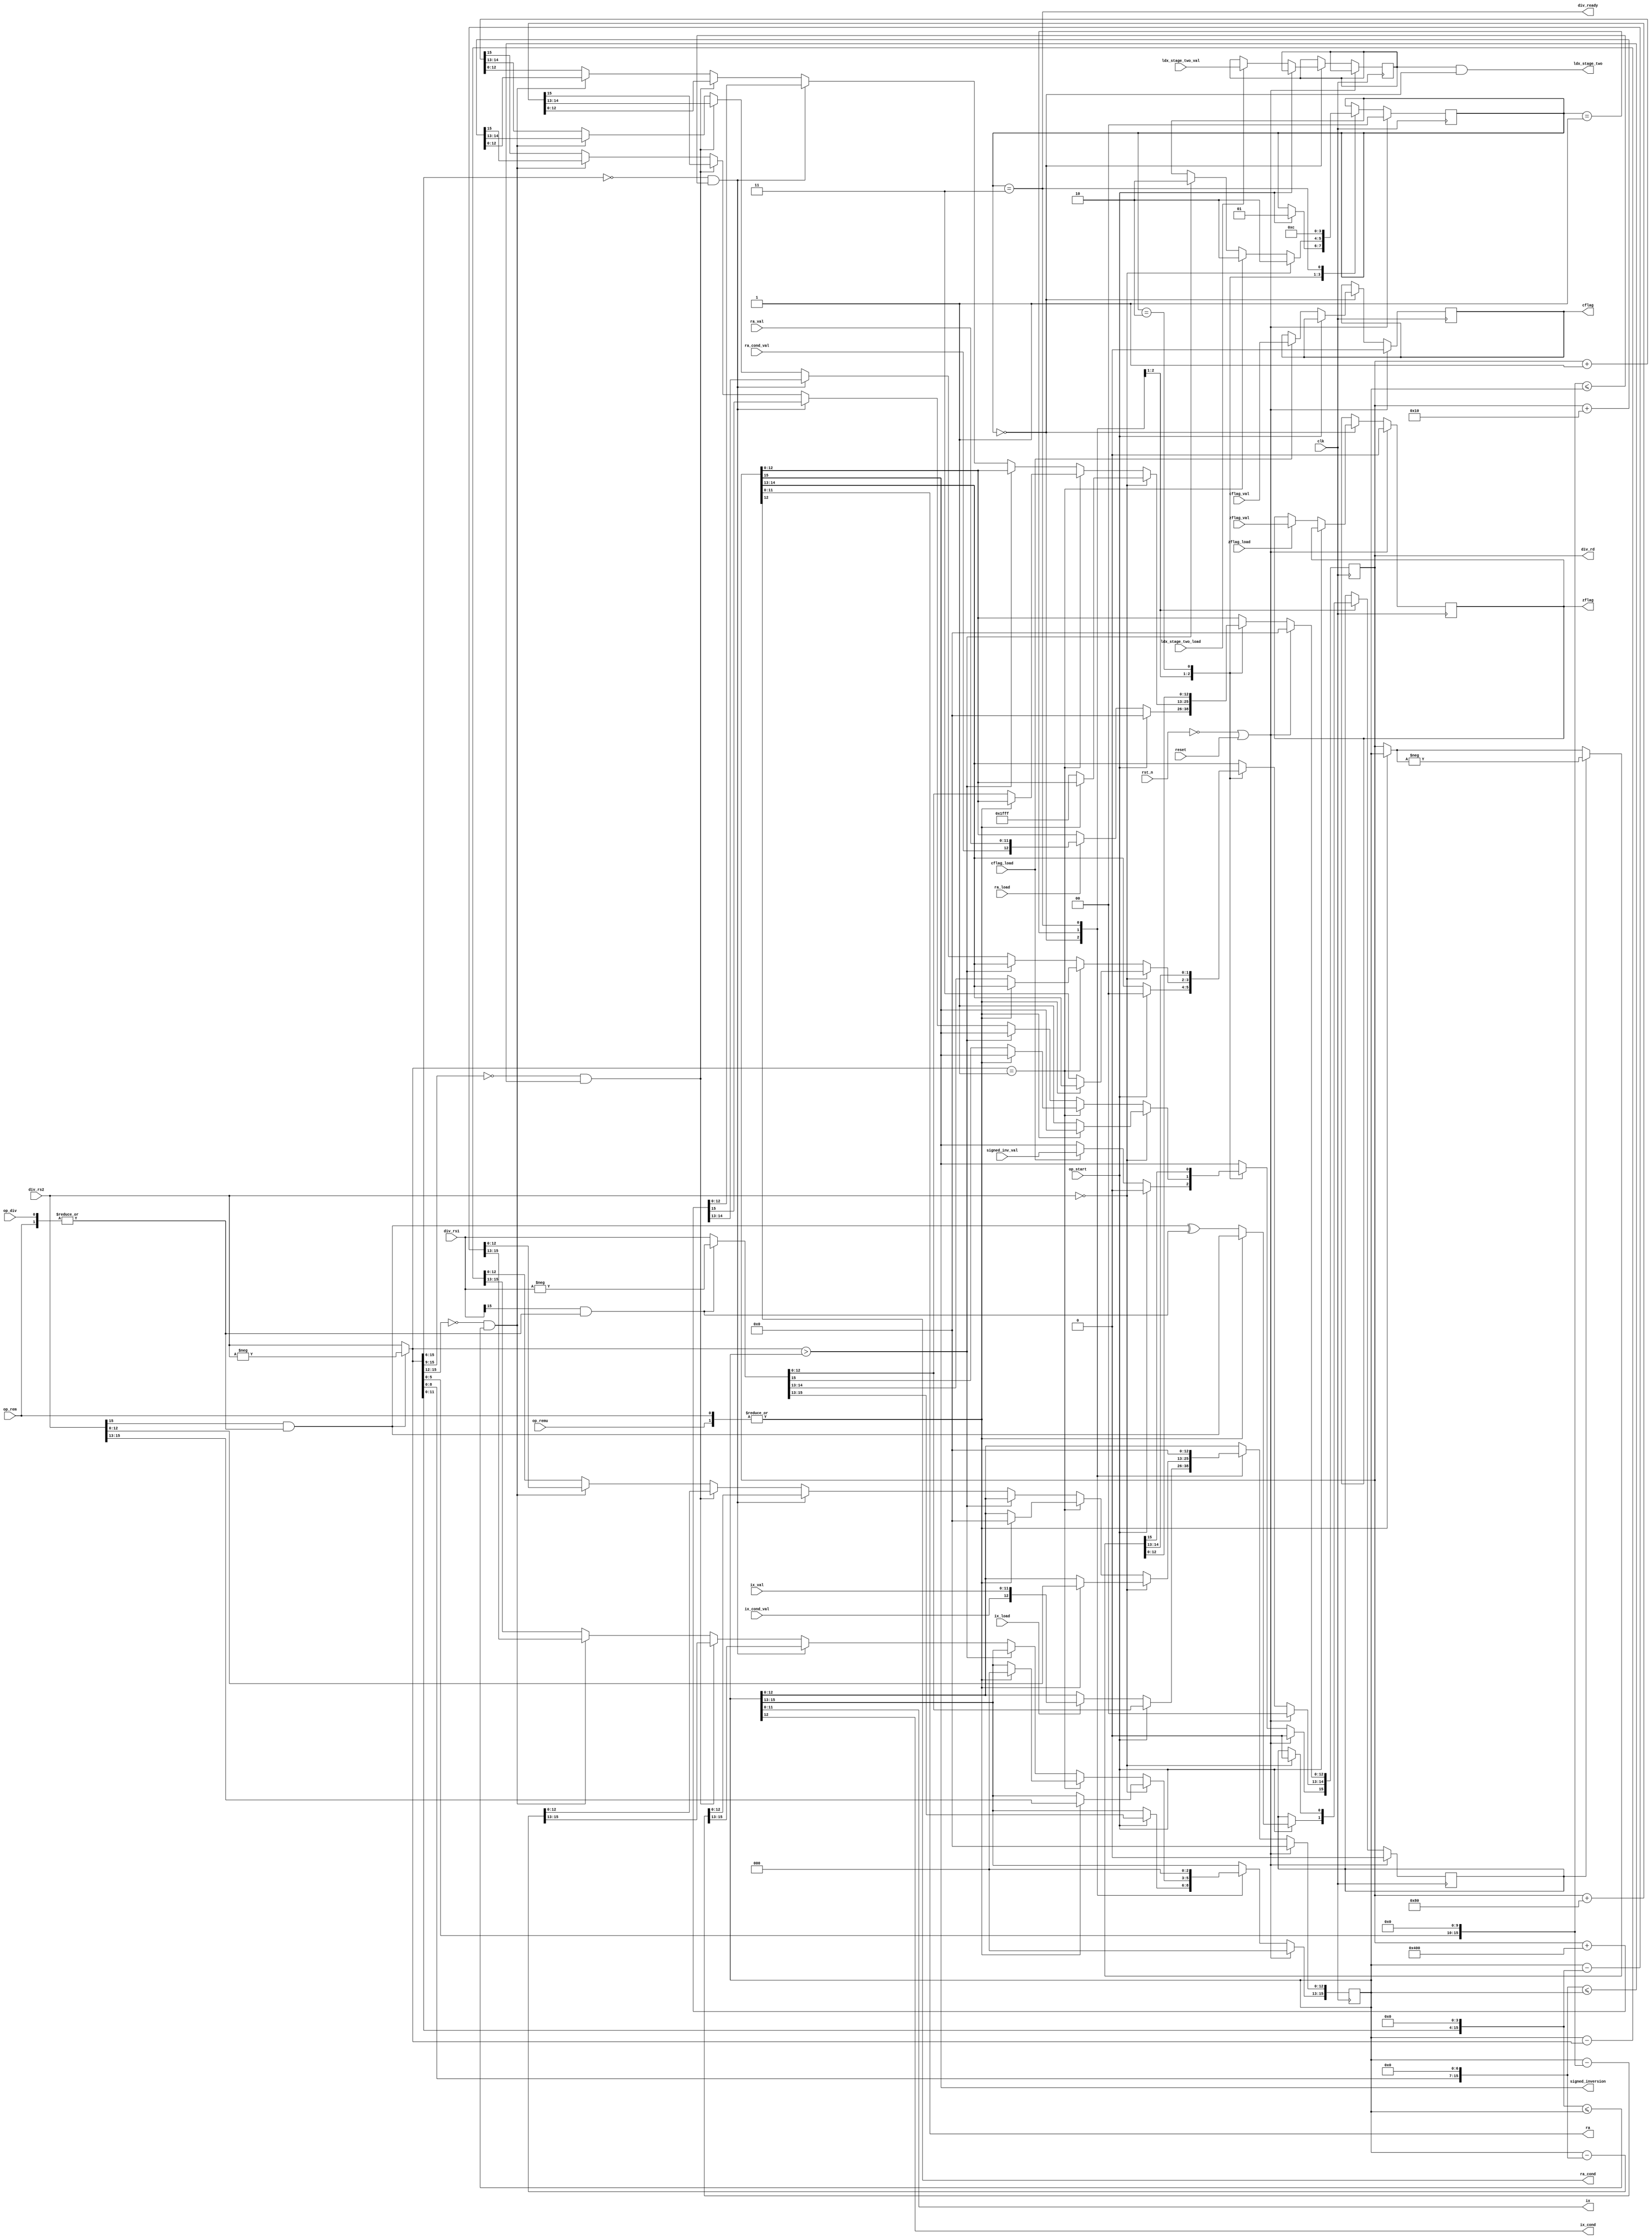
/*
==============================================================================
lisa_div.v:  Little ISA (LISA) hardware 16bit / 8bit divider.

Copyright 2024 by Ken Pettit <pettitkd@gmail.com>

Redistribution and use in source and binary forms, with or without
modification, are permitted provided that the following conditions
are met:
1. Redistributions of source code must retain the above copyright
   notice, this list of conditions and the following disclaimer.
2. Redistributions in binary form must reproduce the above copyright
   notice, this list of conditions and the following disclaimer in the
   documentation and/or other materials provided with the distribution.

THIS SOFTWARE IS PROVIDED BY THE AUTHOR AND CONTRIBUTORS ``AS IS'' AND
ANY EXPRESS OR IMPLIED WARRANTIES, INCLUDING, BUT NOT LIMITED TO, THE
IMPLIED WARRANTIES OF MERCHANTABILITY AND FITNESS FOR A PARTICULAR PURPOSE
ARE DISCLAIMED.  IN NO EVENT SHALL THE AUTHOR OR CONTRIBUTORS BE LIABLE
FOR ANY DIRECT, INDIRECT, INCIDENTAL, SPECIAL, EXEMPLARY, OR CONSEQUENTIAL
DAMAGES (INCLUDING, BUT NOT LIMITED TO, PROCUREMENT OF SUBSTITUTE GOODS
OR SERVICES; LOSS OF USE, DATA, OR PROFITS; OR BUSINESS INTERRUPTION)
HOWEVER CAUSED AND ON ANY THEORY OF LIABILITY, WHETHER IN CONTRACT, STRICT
LIABILITY, OR TORT (INCLUDING NEGLIGENCE OR OTHERWISE) ARISING IN ANY WAY
OUT OF THE USE OF THIS SOFTWARE, EVEN IF ADVISED OF THE POSSIBILITY OF
SUCH DAMAGE.

==============================================================================
*/

`define XPR_LEN            16
`define DOUBLE_XPR_LEN     32
`define LOG2_XPR_LEN        4

module lisa_div
#(
      parameter PC_BITS        = 12
 )
(
   input                clk, rst_n,
   input                reset,        // Positive synchronous reset
                        
   (* keep = "true" *)
   input                op_start,
   input                op_div,
   input                op_rem,
   input                op_remu,
   (* keep = "true" *)
   input       [15:0]   div_rs1,      // Divisor
   (* keep = "true" *)
   input       [15:0]   div_rs2,      // Dividend
   output wire [15:0]   div_rd,
   output wire          div_ready,

   // Flop sharing
   output wire          cflag,
   output wire          signed_inversion,
   input                cflag_val,
   input                signed_inv_val,
   input                cflag_load,
   output wire          zflag,
   input                zflag_val,
   input                zflag_load,
   output [PC_BITS-1:0] ix,
   output               ix_cond,
   input  [PC_BITS-1:0] ix_val,
   input                ix_cond_val,
   input                ix_load,
   output [PC_BITS-1:0] ra,
   output               ra_cond,
   input  [PC_BITS-1:0] ra_val,
   input                ra_cond_val,
   input                ra_load,
   output               ldx_stage_two,
   input                ldx_stage_two_val,
   input                ldx_stage_two_load
);
   wire op_any_rem = |{op_rem, op_remu};
   wire op_signed = |{op_div, op_rem};

   wire div_start = op_start;

   localparam md_state_width = 2;
   localparam [1:0] s_idle = 0;
   localparam [1:0] s_compute = 1;
   localparam [1:0] s_setup_output = 2;
   localparam [1:0] s_done = 3;

   reg [md_state_width-1:0]      state;
   reg                           negate_output;
   wire [`XPR_LEN-1:0]           a;
   reg [`XPR_LEN-1:0]            b;
   reg [`XPR_LEN-1:0]            result;
   reg                           cond;
   reg                           ldx_stage_two_r;
   reg                           zflag_r;
   reg                           cflag_r;

   wire [`XPR_LEN-1:0]           abs_in_1;
   wire                          sign_in_1;
   wire [`XPR_LEN-1:0]           abs_in_2;
   wire                          sign_in_2;

   wire                          a_gt;
   wire [`XPR_LEN-1:0]           result_muxed;
   wire [`XPR_LEN-1:0]           result_muxed_negated;
   wire [`XPR_LEN-1:0]           final_result;
   wire                          div_finish;

   function [`XPR_LEN-1:0] abs_input;
      input [`XPR_LEN-1:0]                          data;
      input                                         is_signed;
      begin
         abs_input = (data[`XPR_LEN-1] == 1'b1 && is_signed) ? -data : data;
      end
   endfunction 

   assign zflag            = zflag_r;
   assign cflag            = cflag_r;
   assign signed_inversion = result[15];
   assign ix               = b[PC_BITS-1:0];
   assign ix_cond          = b[PC_BITS];
   assign ra               = result[PC_BITS-1:0];
   assign ra_cond          = PC_BITS == 15 ? cond : result[PC_BITS];
   assign ldx_stage_two    = ldx_stage_two_r & (state == s_idle);

   assign div_finish = (state == s_done);
   assign div_rd = result[`XPR_LEN-1:0];

   assign abs_in_1  = abs_input(div_rs2,op_signed);
   assign sign_in_1 = op_signed && div_rs2[`XPR_LEN-1];
   assign abs_in_2  = abs_input(div_rs1,op_signed);
   assign sign_in_2 = op_signed && div_rs1[`XPR_LEN-1];

   assign a_gt = a >  b;
   assign result_muxed = op_any_rem ? b : result;
   assign result_muxed_negated = (negate_output) ? -result_muxed : result_muxed;
   assign final_result = result_muxed_negated;

   assign div_ready = div_finish;
   assign a = abs_in_1;

   always @(posedge clk)
   begin
      if (!rst_n || reset)
      begin
         state         <= s_idle;
         result        <= 'd0;
         b             <= 'd0;
         negate_output <= 'd0;
         cond          <= 1'b0;
         zflag_r       <= 1'b0;
         cflag_r       <= 1'b0;
      end
      else
      begin
         case (state)
            s_idle : begin
               if (div_start) 
               begin
                  result <= 0;
                  state  <= s_compute;
                  b <= abs_in_2;
                  negate_output <= op_any_rem ? sign_in_1 : sign_in_1 ^ sign_in_2;
               end
               else 
               begin 
                  if (PC_BITS == 15)
                  begin
                     if (ra_load)
                        {cond, result[PC_BITS-1:0]} <= {ra_cond_val, ra_val};
                  end
                  else
                  begin
                     if (ra_load)
                        result[PC_BITS:0] <= {ra_cond_val, ra_val};
                  end

                  if (cflag_load)
                  begin
                     cflag_r    <= cflag_val;
                     result[15] <= signed_inv_val;
                  end

                  if (zflag_load)
                     zflag_r <= zflag_val;

                  if (ix_load)
                     b[PC_BITS:0] <= {ix_cond_val, ix_val};

                  if (ldx_stage_two_load)
                     ldx_stage_two_r <= ldx_stage_two_val;
               end
            end
           
            s_compute : begin
               // Test for divide by zero
               if (div_rs2 == 0)
               begin
                  // Remainder equals rs1
                  if (op_any_rem)
                     b <= div_rs2;
                  else
                     // DIV is all 1 when /0
                     result <= { `XPR_LEN{1'b1}};

                  // Force counter to zero
                  negate_output <= 1'b0;
                  state <= s_setup_output;
               end
               else if (abs_in_1 == 1)
               begin
                  // Remainder equals 0
                  if (op_any_rem)
                     b <= {`XPR_LEN{1'b0}};
                  else
                     // Result equals input
                     result <= abs_in_2;

                  state <= s_setup_output;
               end
               else
               begin
                   // Do the divide (repeated subtraction)
                   if (a_gt) 
                      state <= s_setup_output;
                   else if (a[15:6] == 10'b0 && {a[5:0], 10'b0} <= b)
                   begin
                      b <= b - {a[5:0], 10'b0};
                      result <= result + 1024;
                   end
                   else if (a[15:9] == 7'b0 && {a[8:0], 7'b0} <= b)
                   begin
                      b <= b - {a[8:0], 7'b0};
                      result <= result + 128;
                   end
                   else if (a[15:12] == 4'b0 && {a[11:0], 4'b0} <= b)
                   begin
                      b <= b - {a[11:0], 4'b0};
                      result <= result + 16;
                   end
                   else
                   begin
                      b <= b - a;
                      result <= result + 1;
                   end
               end

            end // case: s_compute
            s_setup_output : 
            begin
               result <= final_result;
               state <= s_done;
            end
            s_done:
            begin
               // Go to IDLE state
               state <= s_idle;

               // Set ldx_stage_two=0 when done
               b      <= 16'h0000;
            end
         endcase // case (state)
      end
   end // always @ (posedge clk)

endmodule